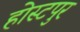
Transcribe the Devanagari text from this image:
होस्टपुर